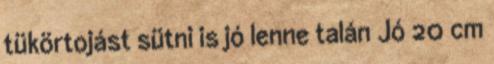
tükörtojást sütni is jó lenne talán Jó 20 cm